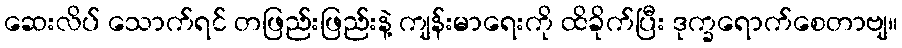
ဆေးလိပ် သောက်ရင် တဖြည်းဖြည်းနဲ့ ကျန်းမာရေးကို ထိခိုက်ပြီး ဒုက္ခရောက်စေတာဗျ။